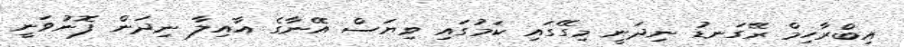
އިބްރާހިމް ރޭގަނޑު ނިދަނީ މިގޭގައި ކަމުގައި ވިޔަސް އޭނާގެ އާއިލާ ނިދަން ފޮނުވަނީ